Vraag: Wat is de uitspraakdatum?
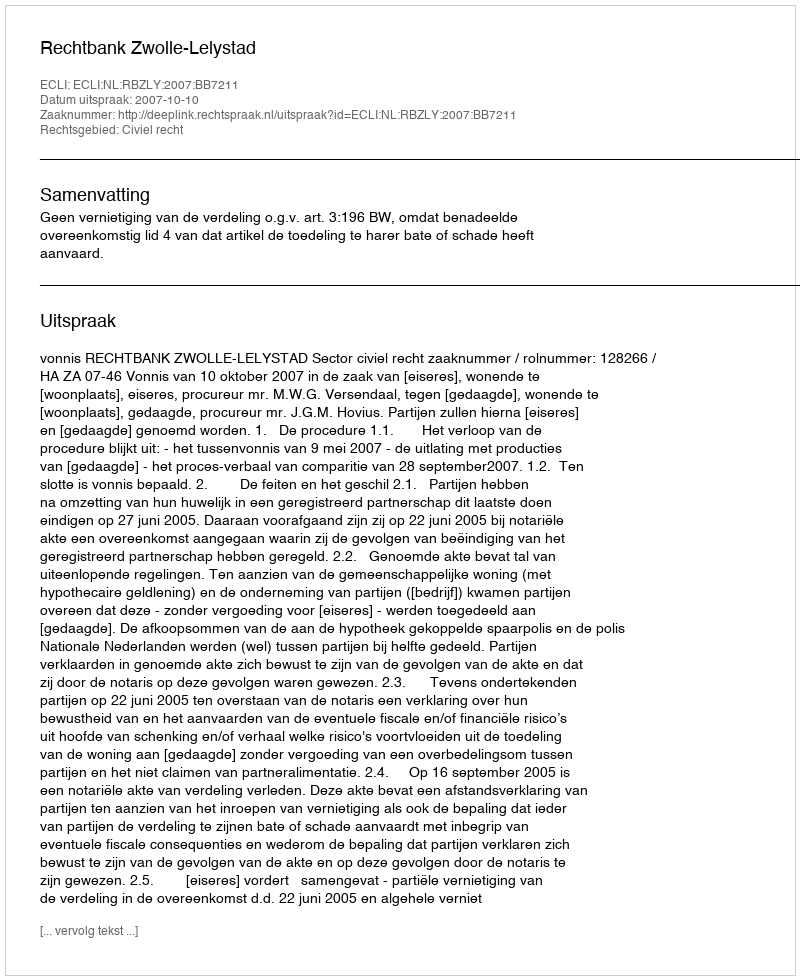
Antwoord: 2007-10-10